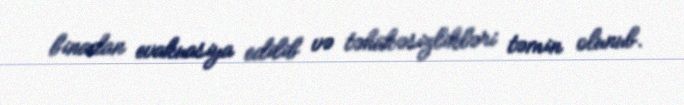
binadan evakuasiya edilib və təhükəsizlikləri təmin olunub.